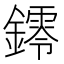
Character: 𨭭